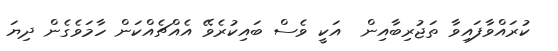
ކުރައްވާފައިވާ ތަޖުރިބާއިން  އަކީ ވެސް ބައިކުރެވޭ އެއްޗެއްކަން ހާމަވެގެން ދިޔަ